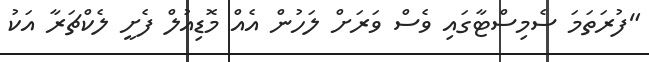
"ފުރަތަމަ ސެމިސްޓާގައި ވެސް ވަރަށް ލަހުން އެއް މޮޑިއުލް ފެށީ ލެކްޗަރާ އަކު